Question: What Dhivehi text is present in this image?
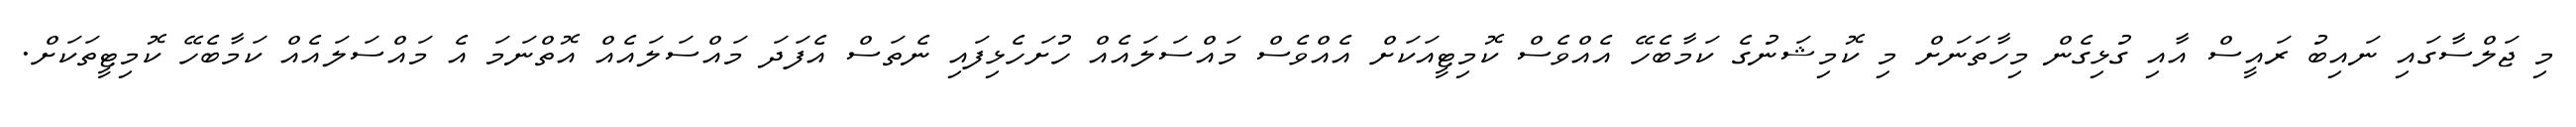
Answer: މި ޖަލްސާގައި ނައިބު ރައީސް އާއި ގުޅިގެން މިހާތަނަށް މި ކޮމިޝަނުގެ ކަމާބެހޭ އެއްވެސް ކޮމިޓީއަކަށް އެއްވެސް މައްސަލައެއް ހުށަހެޅިފައި ނެތަސް އެފަދަ މައްސަލައެއް އޮތްނަމަ އެ މައްސަލައެއް ކަމާބެހޭ ކޮމިޓީތަކަށް.